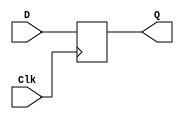
module D_flip_flop(Q,D,Clk);
    output Q;
    input D,Clk;
    reg Q;
    always @(posedge Clk)
        Q<=D;
endmodule